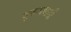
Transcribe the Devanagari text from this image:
बुरुजवाडी